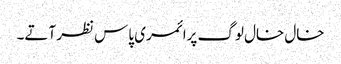
خال خال لوگ پرائمری پاس نظر آتے۔